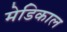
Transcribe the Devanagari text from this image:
मेडिकाल